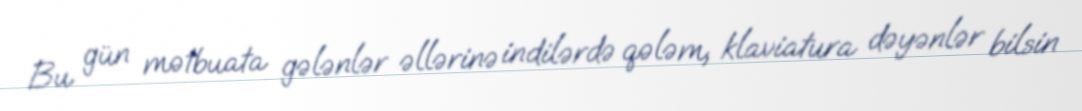
Bu gün mətbuata gələnlər əllərinə indilərdə qələm, klaviatura dəyənlər bilsin